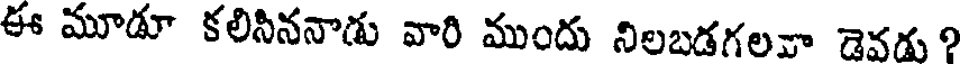
ఈ మూడూ కలినిననాడు వారి ముందు నిలబడగలవా డెవడు ?